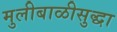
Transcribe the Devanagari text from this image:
मुलीबाळीसुद्धा